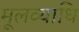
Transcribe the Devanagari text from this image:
मूलव्याधि